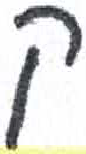
אות: ק